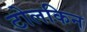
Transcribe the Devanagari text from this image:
टोलकिन